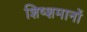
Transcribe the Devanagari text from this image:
शिष्शमानों